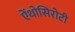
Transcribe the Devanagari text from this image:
ऐंथोसिरोटी